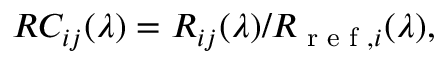
R C _ { i j } ( \lambda ) = R _ { i j } ( \lambda ) / R _ { \textrm { r e f } , i } ( \lambda ) ,